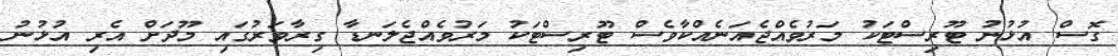
ގޮސް އުޅުނު ޓޫރިސްޓަކު މަރުވެއްޖެއަނެއްކާވެސް ޓޫރިސްޓަކު މަރުވެއްޖެލަނޑާ ގިރާވަރުގައި މޫދަށް އެރި އުޅުނު